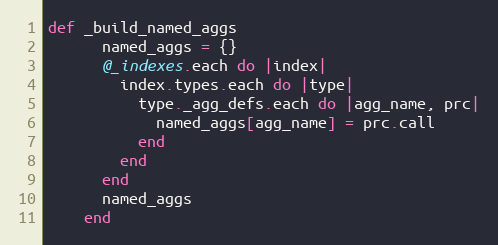
Language: Ruby
def _build_named_aggs
      named_aggs = {}
      @_indexes.each do |index|
        index.types.each do |type|
          type._agg_defs.each do |agg_name, prc|
            named_aggs[agg_name] = prc.call
          end
        end
      end
      named_aggs
    end